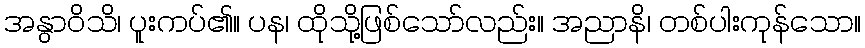
အနွာဝိသိ၊ ပူးကပ်၏။ ပန၊ ထိုသို့ဖြစ်သော်လည်း။ အညာနိ၊ တစ်ပါးကုန်သော။